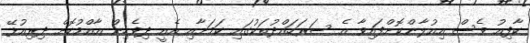
ކާފިއު ވެސް އިއުލާންކޮށްފައިވާ އެ ސަރަހައްދުތަކުގައި ކަމަށާއި އެއީ ދިވެހިން އާއްމުކޮށް ދިރިއުޅޭ